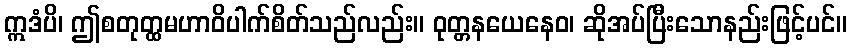
ဣဒံပိ၊ ဤစတုတ္ထမဟာဝိပါက်စိတ်သည်လည်း။ ဝုတ္တနယေနေဝ၊ ဆိုအပ်ပြီးသောနည်းဖြင့်ပင်။